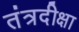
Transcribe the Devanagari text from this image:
तंत्रदीक्षा